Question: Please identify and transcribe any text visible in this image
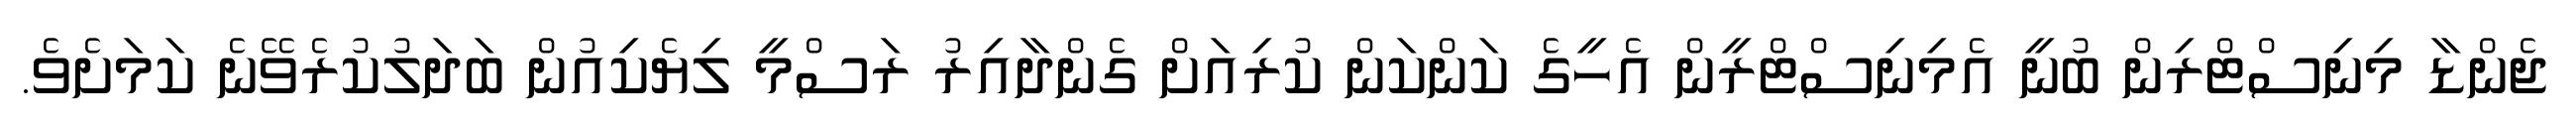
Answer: ޖެންޑާ މިނިސްޓްރިން ބުނީ އެމިނިސްޓްރީން އެހީގެ ކަންކަން ކުރިއަށް ގެންދާއިރު ރަސްމީ ލިޔެކިއުން ބަދަލުކުރެވޭނެ ކަމަށެވެ.